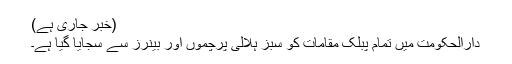
(خبر جاری ہے)
دارالحکومت میں تمام پبلک مقامات کو سبز ہلالی پرچموں اور بینرز سے سجایا گیا ہے۔